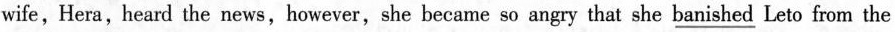
wife, Hera, heard the news,however,she became so angry that she \underline{banished} Leto from the